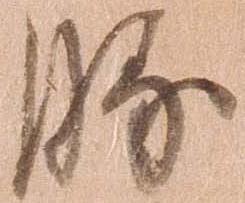
勝